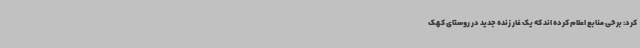
کرد: برخی منابع اعلام کرده اند که یک غار زنده جدید در روستای کهک